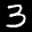
Label: 3